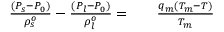
\begin{array} { r l r } { \frac { ( P _ { s } - P _ { 0 } ) } { \rho _ { s } ^ { o } } - \frac { ( P _ { l } - P _ { 0 } ) } { \rho _ { l } ^ { o } } = } & { { } } & { \frac { q _ { m } ( T _ { m } - T ) } { T _ { m } } } \end{array}